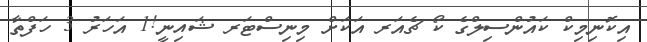
އިކޮނިމިކް ކައުންސިލްގެ ކޯ ޗެއަރ އަކަށް މިނިސްޓަރ ޝައިނީ!1 އަހަރު 3 ހަފްތާ